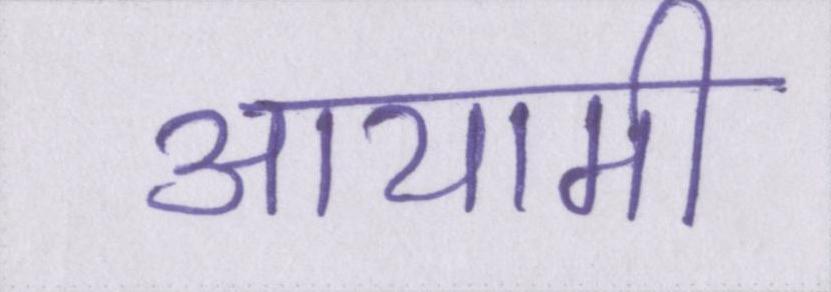
आयामी